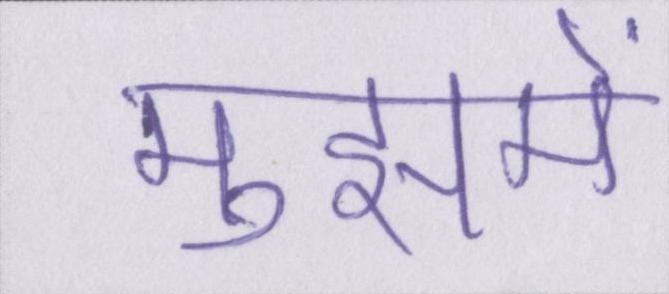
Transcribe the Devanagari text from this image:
मुझमें